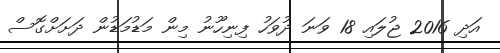
އަދި 2016 ޖުލައި 18 ވަނަ ދުވަހު ފިނިހޫނު މިން މަޑުމަޑުން ދަށަށްގޮސް